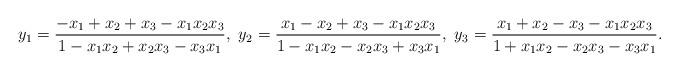
LaTeX: \begin{align*} y_1 = \frac{-x_1+x_2+x_3-x_1x_2x_3}{1-x_1x_2+x_2x_3-x_3x_1},\ y_2 = \frac{x_1-x_2+x_3-x_1x_2x_3}{1-x_1x_2-x_2x_3+x_3x_1},\ y_3 = \frac{x_1+x_2-x_3-x_1x_2x_3}{1+x_1x_2-x_2x_3-x_3x_1}.\end{align*}